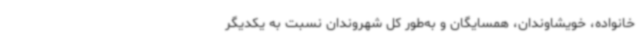
خانواده، خویشاوندان، همسایگان و به‌طور کل شهروندان نسبت به یکدیگر